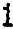
1